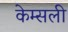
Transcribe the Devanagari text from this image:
केम्सली